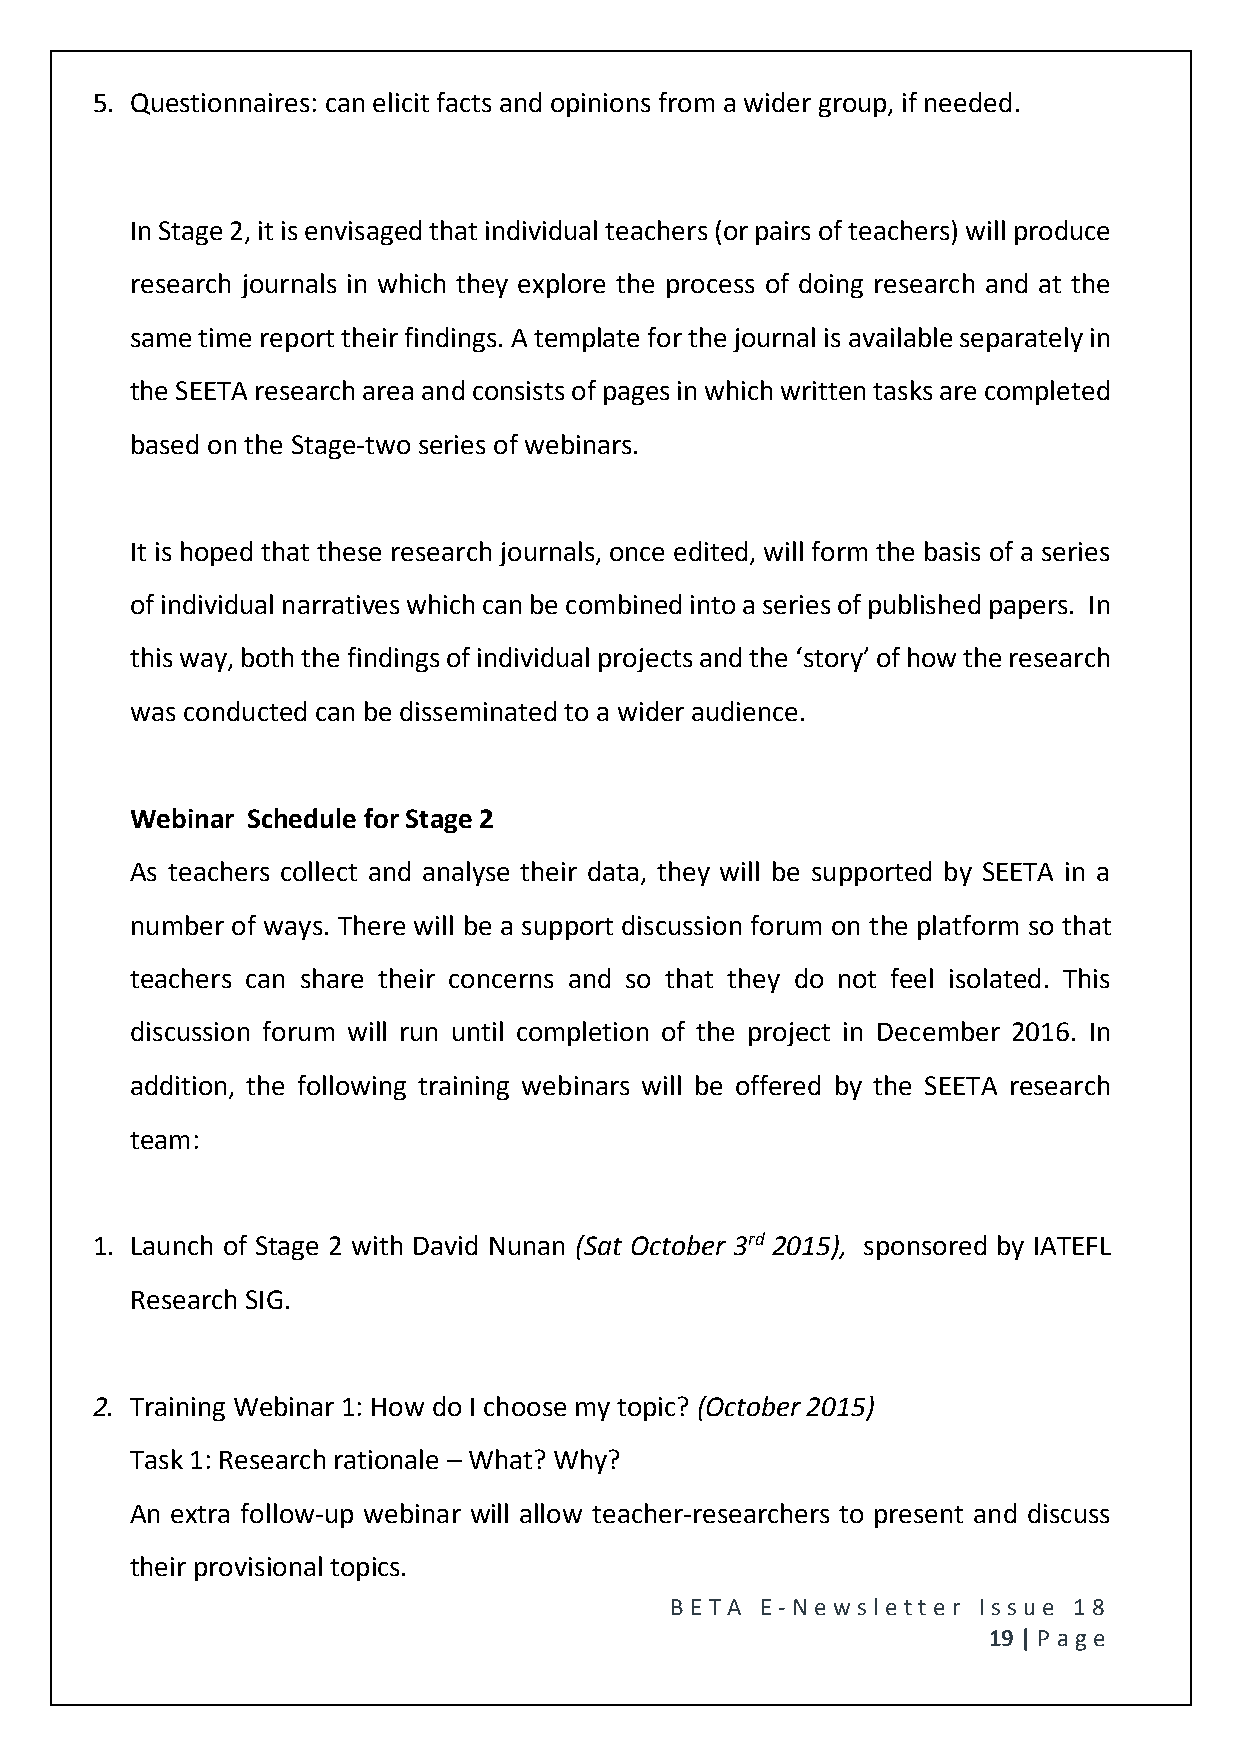
5. Questionnaires: can elicit facts and opinions from a wider group, if needed.
 In Stage 2, it is envisaged that individual teachers (or pairs of teachers) will produce
 research journals in which they explore the process of doing research and at the
 same time report their findings. A template for the journal is available separately in
 the SEETA research area and consists of pages in which written tasks are completed
 based on the Stage-two series of webinars.
 It is hoped that these research journals, once edited, will form the basis of a series
 of individual narratives which can be combined into a series of published papers. In
 this way, both the findings of individual projects and the ‘story’ of how the research
 was conducted can be disseminated to a wider audience.
 Webinar Schedule for Stage 2
 As teachers collect and analyse their data, they will be supported by SEETA in a
 number of ways. There will be a support discussion forum on the platform so that
 teachers can share their concerns and so that they do not feel isolated. This
 discussion forum will run until completion of the project in December 2016. In
 addition, the following training webinars will be offered by the SEETA research
 team:
 1. Launch of Stage 2 with David Nunan (Sat October 3rd 2015), sponsored by IATEFL
 Research SIG.
 2. Training Webinar 1: How do I choose my topic? (October 2015)
 Task 1: Research rationale – What? Why?
 An extra follow-up webinar will allow teacher-researchers to present and discuss
 their provisional topics.
 BE T A E -N e wsle tt e r Issue 18
 19 | P age